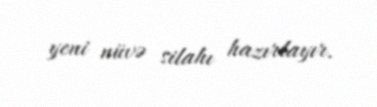
yeni nüvə silahı hazırlayır.